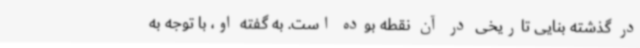
در گذشته بنایی تاریخی در آن نقطه بوده است. به گفته‌ او، با توجه به